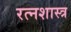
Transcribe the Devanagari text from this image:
रत्नशास्त्र